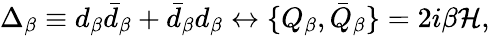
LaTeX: \Delta_{\beta}\equiv d_{\beta}\bar{d}_{\beta}+\bar{d}_{\beta}d_{\beta}\leftrightarrow\{ Q_{\beta},\bar{Q}_{\beta}\} =2i\beta{\cal H},